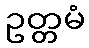
ဥတ္တမံ